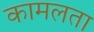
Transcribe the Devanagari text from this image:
कामलता